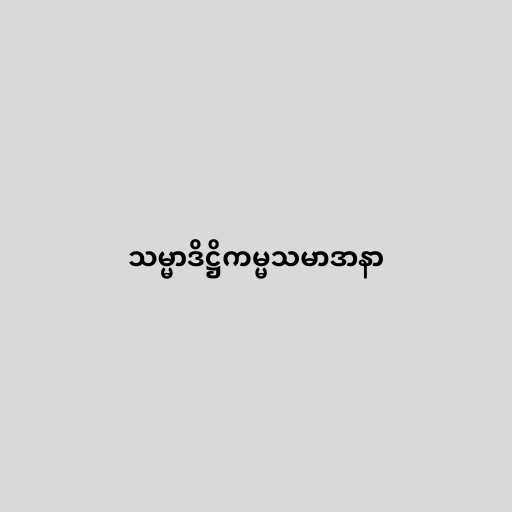
သမ္မာဒိဋ္ဌိကမ္မသမာဒာနာ